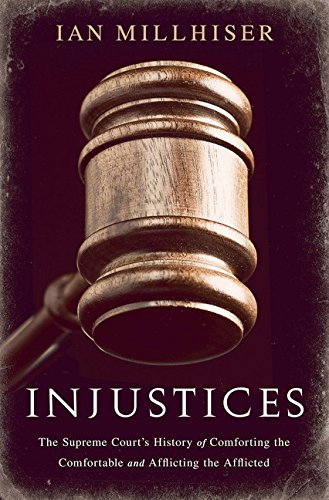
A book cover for Injustices: The Supreme Court's History of Comforting the Comfortable and Afflicting the Afflicted; Ian Millhiser; Law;